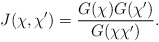
\begin{align*} J(\chi,\chi')= \frac{G(\chi)G(\chi')}{G(\chi\chi')}.\end{align*}